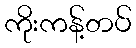
ကိုးကန့်တပ်